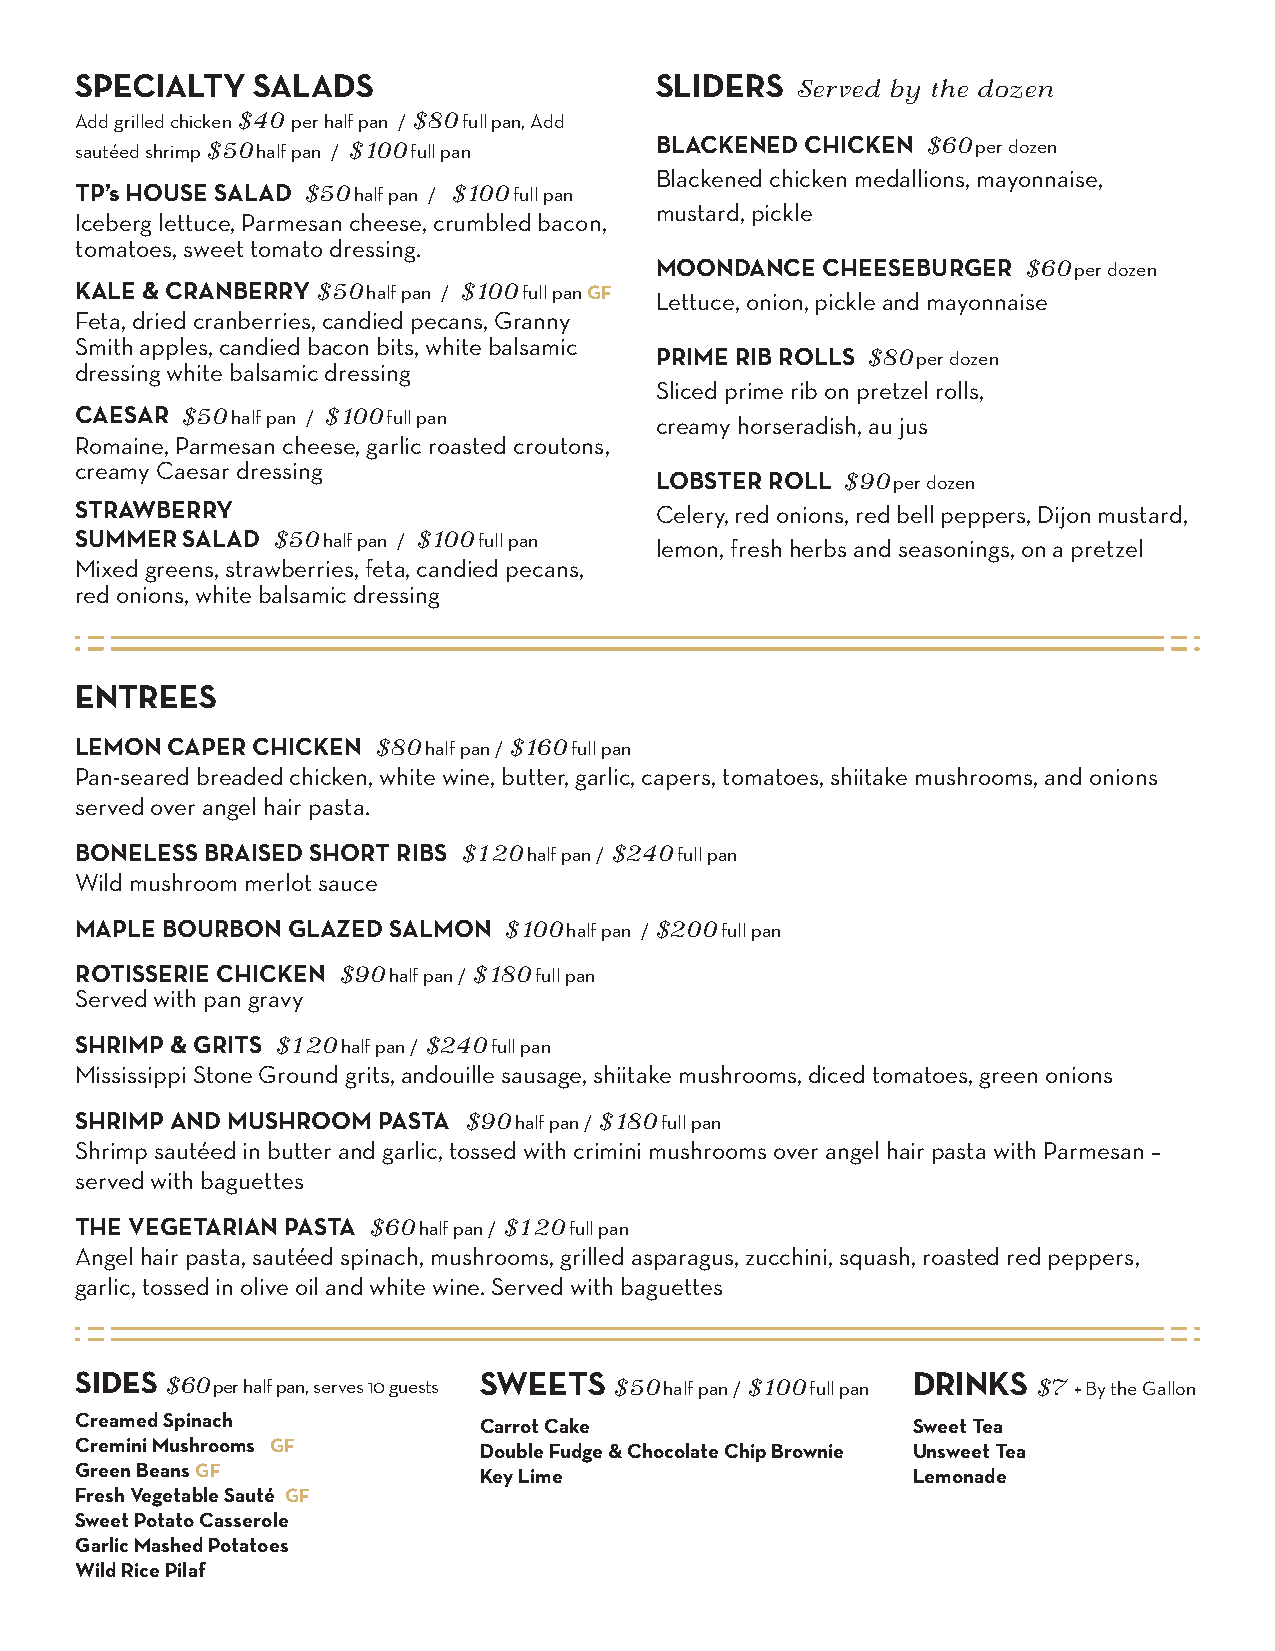
SPECIALTY   SALADS                    SLIDERS
 Served by the dozen
 Add grilled chicken $40 per half pan / $80 full pan, Add
 sautéed shrimp $50 half pan / $100 full pan BLACKENED CHICKEN $60 per dozen
 Blackened chicken medallions, mayonnaise,
 TP’s HOUSE SALAD $50 half pan / $100 full pan
 mustard, pickle
 Iceberg lettuce, Parmesan cheese, crumbled bacon,
 tomatoes, sweet tomato dressing.
 MOONDANCE  CHEESEBURGER  $60 per dozen
 KALE & CRANBERRY $50 half pan / $100 full pan GF
 Lettuce, onion, pickle and mayonnaise
 Feta, dried cranberries, candied pecans, Granny
 Smith apples, candied bacon bits, white balsamic
 PRIME RIB ROLLS $80 per dozen
 dressing white balsamic dressing
 Sliced prime rib on pretzel rolls,
 CAESAR $50 half pan / $100 full pan   creamy horseradish, au jus
 Romaine, Parmesan cheese, garlic roasted croutons,
 creamy Caesar dressing
 LOBSTER ROLL $90 per dozen
 STRAWBERRY                            Celery, red onions, red bell peppers, Dijon mustard,
 SUMMER SALAD $50 half pan / $100 full pan lemon, fresh herbs and seasonings, on a pretzel
 Mixed greens, strawberries, feta, candied pecans,
 red onions, white balsamic dressing
 ENTREES
 LEMON CAPER CHICKEN $80 half pan / $160 full pan
 Pan-seared breaded chicken, white wine, butter, garlic, capers, tomatoes, shiitake mushrooms, and onions
 served over angel hair pasta.
 BONELESS BRAISED SHORT RIBS $120 half pan / $240 full pan
 Wild mushroom merlot sauce
 MAPLE BOURBON GLAZED SALMON $100 half pan / $200 full pan
 ROTISSERIE CHICKEN $90 half pan / $180 full pan
 Served with pan gravy
 SHRIMP & GRITS $120 half pan / $240 full pan
 Mississippi Stone Ground grits, andouille sausage, shiitake mushrooms, diced tomatoes, green onions
 SHRIMP AND MUSHROOM PASTA $90 half pan / $180 full pan
 Shrimp sautéed in butter and garlic, tossed with crimini mushrooms over angel hair pasta with Parmesan –
 served with baguettes
 THE VEGETARIAN PASTA $60 half pan / $120 full pan
 Angel hair pasta, sautéed spinach, mushrooms, grilled asparagus, zucchini, squash, roasted red peppers,
 garlic, tossed in olive oil and white wine. Served with baguettes
 SIDES
 $60 per half pan, serves 10 guests
 SWEETS
 $50 half pan / $100 full pan
 DRINKS
 $7 + By the Gallon
 Creamed Spinach
 Carrot Cake                 Sweet Tea
 Cremini Mushrooms GF       Double Fudge & Chocolate Chip Brownie Unsweet Tea
 Green Beans GF             Key Lime                    Lemonade
 Fresh Vegetable Sauté GF
 Sweet Potato Casserole
 Garlic Mashed Potatoes
 Wild Rice Pilaf